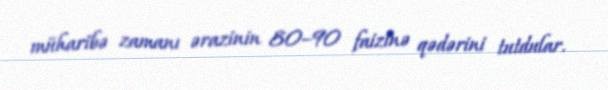
müharibə zamanı ərazinin 80–90 faizinə qədərini tutdular.